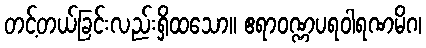
တင့်တယ်ခြင်းလည်းရှိထသော။ ဧရာဝဏ္ဏပရဝါရဏမိဂ၊